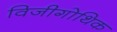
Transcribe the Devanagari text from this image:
विजीगोथिक